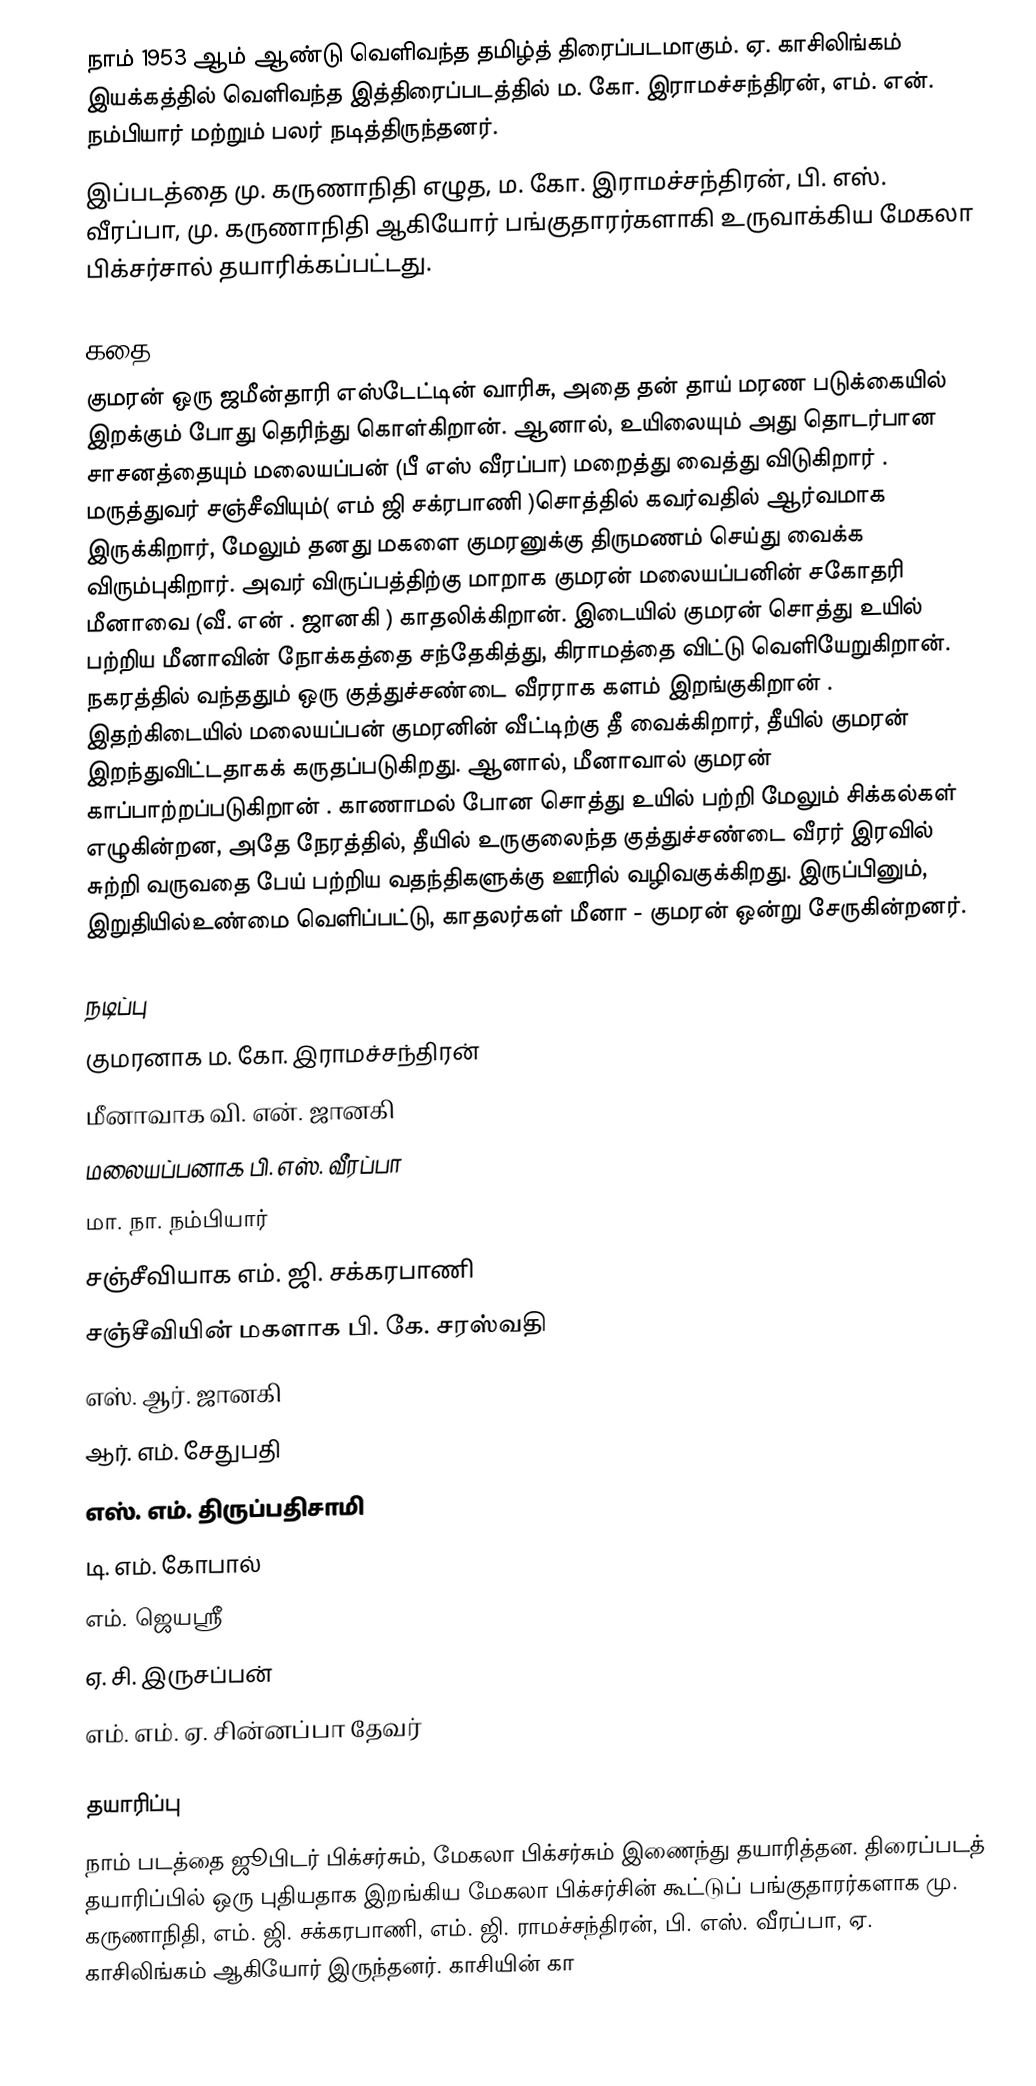
நாம் 1953 ஆம் ஆண்டு வெளிவந்த தமிழ்த் திரைப்படமாகும். ஏ. காசிலிங்கம் இயக்கத்தில் வெளிவந்த இத்திரைப்படத்தில் ம. கோ. இராமச்சந்திரன், எம். என். நம்பியார் மற்றும் பலர் நடித்திருந்தனர்.
இப்படத்தை மு. கருணாநிதி எழுத, ம. கோ. இராமச்சந்திரன், பி. எஸ். வீரப்பா, மு. கருணாநிதி ஆகியோர் பங்குதாரர்களாகி உருவாக்கிய மேகலா பிக்சர்சால் தயாரிக்கப்பட்டது.

கதை
குமரன் ஒரு ஜமீன்தாரி எஸ்டேட்டின் வாரிசு, அதை  தன் தாய் மரண படுக்கையில்   இறக்கும் போது தெரிந்து கொள்கிறான். ஆனால், உயிலையும் அது தொடர்பான சாசனத்தையும் மலையப்பன் (பீ எஸ் வீரப்பா)  மறைத்து வைத்து விடுகிறார் . மருத்துவர் சஞ்சீவியும்( எம் ஜி சக்ரபாணி )சொத்தில் கவர்வதில்  ஆர்வமாக இருக்கிறார், மேலும் தனது மகளை குமரனுக்கு திருமணம் செய்து வைக்க விரும்புகிறார். அவர்  விருப்பத்திற்கு மாறாக குமரன் மலையப்பனின் சகோதரி மீனாவை (வீ. என் . ஜானகி ) காதலிக்கிறான்.  இடையில்  குமரன் சொத்து உயில் பற்றிய  மீனாவின்  நோக்கத்தை சந்தேகித்து, கிராமத்தை விட்டு வெளியேறுகிறான். நகரத்தில் வந்ததும்   ஒரு குத்துச்சண்டை வீரராக களம் இறங்குகிறான் .  இதற்கிடையில்  மலையப்பன் குமரனின் வீட்டிற்கு தீ வைக்கிறார், தீயில் குமரன் இறந்துவிட்டதாகக் கருதப்படுகிறது. ஆனால், மீனாவால் குமரன் காப்பாற்றப்படுகிறான் . காணாமல் போன சொத்து உயில் பற்றி மேலும் சிக்கல்கள் எழுகின்றன, அதே நேரத்தில்,  தீயில் உருகுலைந்த  குத்துச்சண்டை வீரர் இரவில் சுற்றி வருவதை பேய் பற்றிய வதந்திகளுக்கு ஊரில்  வழிவகுக்கிறது. இருப்பினும்,  இறுதியில்உண்மை   வெளிப்பட்டு, காதலர்கள் மீனா - குமரன் ஒன்று சேருகின்றனர்.

நடிப்பு
 குமரனாக ம. கோ. இராமச்சந்திரன்
 மீனாவாக வி. என். ஜானகி
 மலையப்பனாக பி. எஸ். வீரப்பா
 மா. நா. நம்பியார்
 சஞ்சீவியாக எம். ஜி. சக்கரபாணி
 சஞ்சீவியின் மகளாக பி. கே. சரஸ்வதி
 எஸ். ஆர். ஜானகி
 ஆர். எம். சேதுபதி
 எஸ். எம். திருப்பதிசாமி
 டி. எம். கோபால்
 எம். ஜெயஸ்ரீ
 ஏ. சி. இருசப்பன்
 எம். எம். ஏ. சின்னப்பா தேவர்

தயாரிப்பு
நாம் படத்தை ஜூபிடர் பிக்சர்சும், மேகலா பிக்சர்சும் இணைந்து தயாரித்தன. திரைப்படத் தயாரிப்பில் ஒரு புதியதாக இறங்கிய மேகலா பிக்சர்சின் கூட்டுப் பங்குதாரர்களாக மு. கருணாநிதி, எம். ஜி. சக்கரபாணி, எம். ஜி. ராமச்சந்திரன், பி. எஸ். வீரப்பா, ஏ. காசிலிங்கம் ஆகியோர் இருந்தனர். காசியின் கா